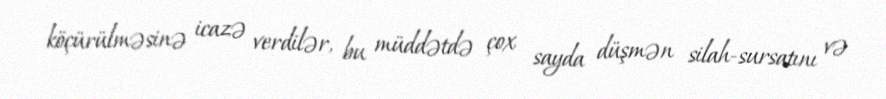
köçürülməsinə icazə verdilər, bu müddətdə çox sayda düşmən silah-sursatını və